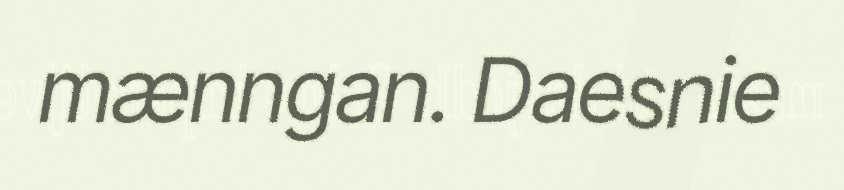
mænngan. Daesnie